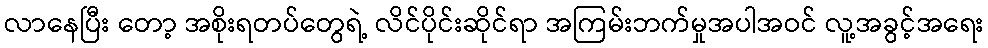
လာနေပြီး တော့ အစိုးရတပ်တွေရဲ့ လိင်ပိုင်းဆိုင်ရာ အကြမ်းဘက်မှုအပါအဝင် လူ့အခွင့်အရေး